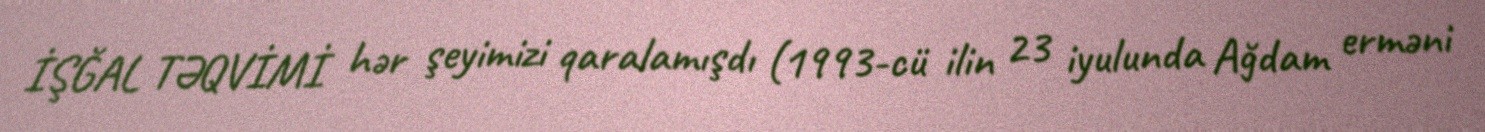
İŞĞAL TƏQVİMİ hər şeyimizi qaralamışdı (1993-cü ilin 23 iyulunda Ağdam erməni